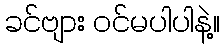
ခင်ဗျား ဝင်မပါပါနဲ့။